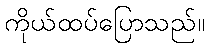
ကိုယ်ထပ်ပြောသည်။